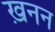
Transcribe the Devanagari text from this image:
ख़नन